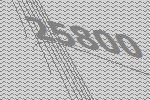
25800